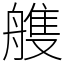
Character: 䑾